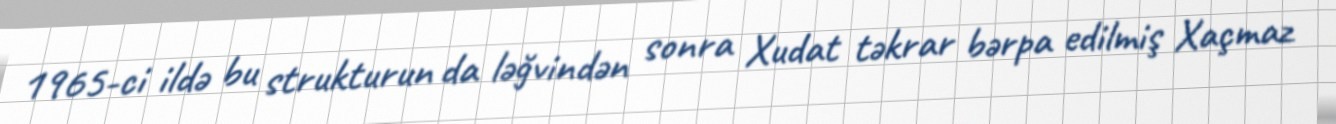
1965-ci ildə bu strukturun da ləğvindən sonra Xudat təkrar bərpa edilmiş Xaçmaz